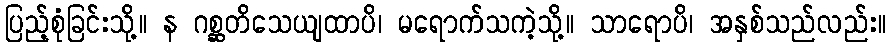
ပြည့်စုံခြင်းသို့။ န ဂစ္ဆတိသေယျထာပိ၊ မရောက်သကဲ့သို့။ သာရောပိ၊ အနှစ်သည်လည်း။